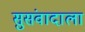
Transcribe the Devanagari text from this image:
सुसंवादाला